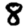
Digit: 8